Tezpur Lunatic Asylum reports 1877-1894 - 1877-1894
Year: 1877
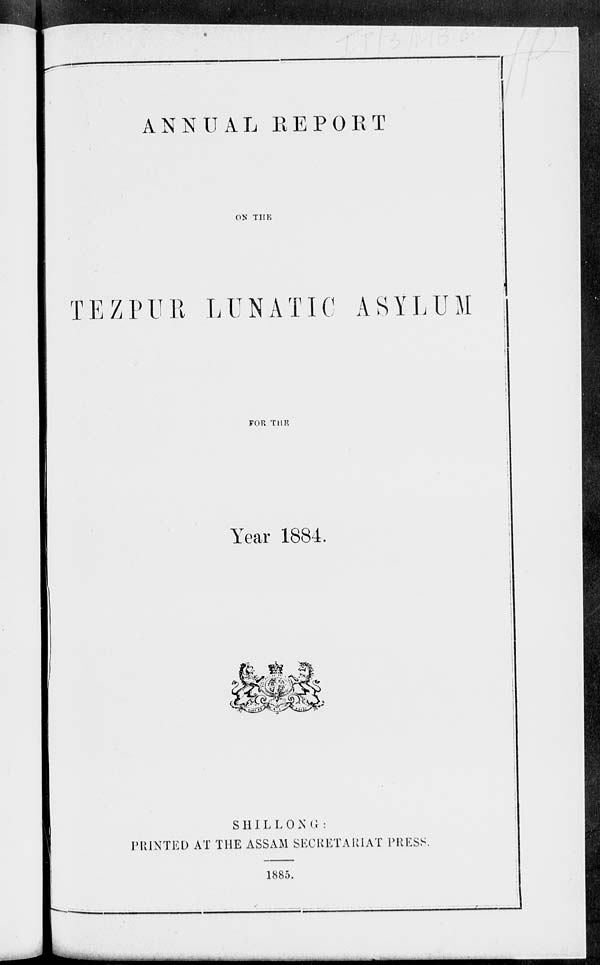
■DH
ANNUAL REPORT
ON THE
TEZPUR LUNATIC ASYLUM
FOR THE
Year 1884.
S IIILLO N G :
PRINTED AT THE ASSAM SECRETARIAT PRESS.
1885.